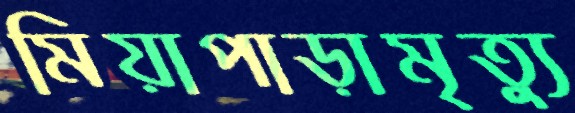
মিয়াপাড়ামৃত্যু